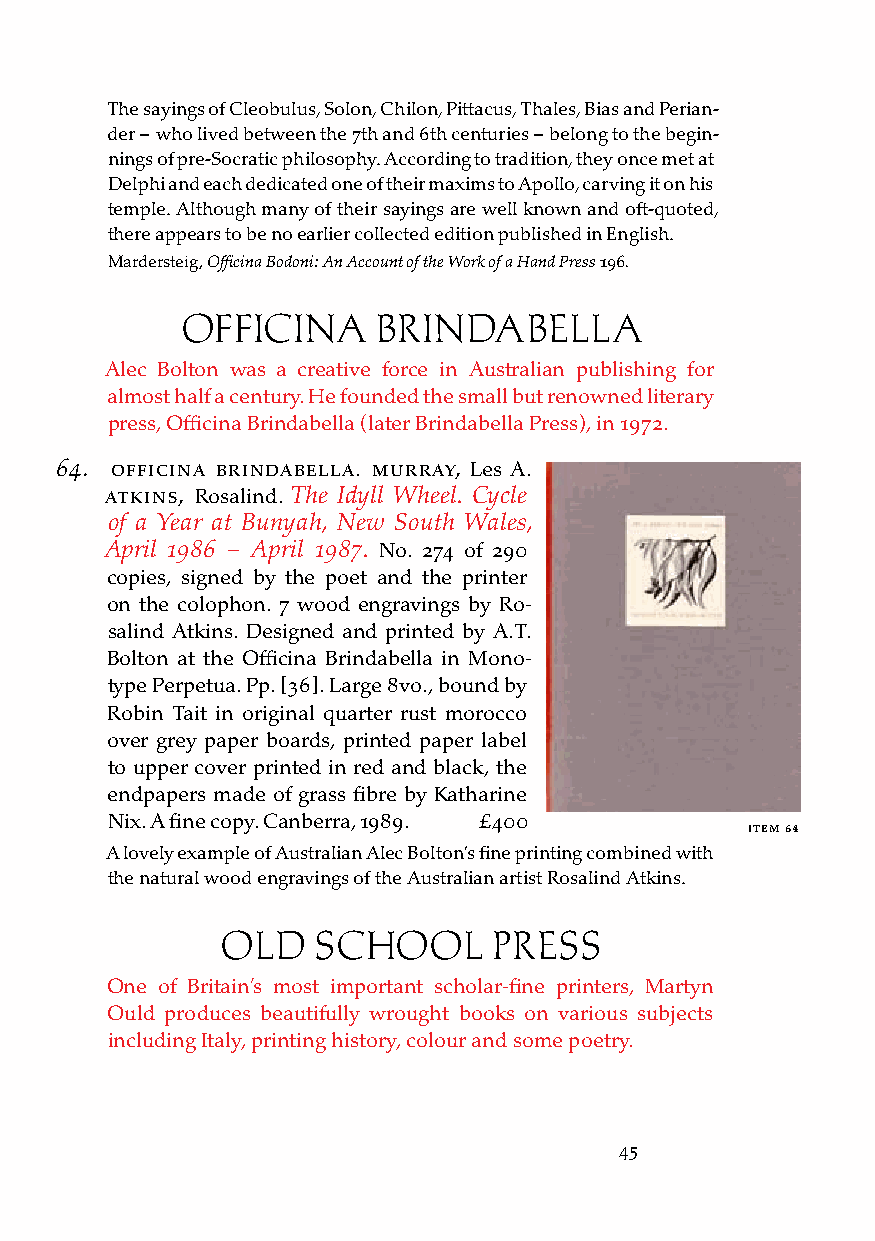
The sayings of Cleobulus, Solon, Chilon, Pittacus, Thales, Bias and Perian-
 der – who lived between the 7th and 6th centuries – belong to the begin-
 nings of pre-Socratic philosophy. According to tradition, they once met at
 Delphi and each dedicated one of their maxims to Apollo, carving it on his
 temple. Although many of their sayings are well known and oft-quoted,
 there appears to be no earlier collected edition published in English.
 Mardersteig, Officina Bodoni: An Account of the Work of a Hand Press 196.
 OffICINA     BRINDABELLA
 Alec Bolton was a creative force in Australian publishing for
 almost half a century. He founded the small but renowned literary
 press, Officina Brindabella (later Brindabella Press), in 1972.
 64. officina brindabella. Murray, Les A.
 atkins, Rosalind. The Idyll Wheel. Cycle
 of a Year at Bunyah, New South Wales,
 April 1986 – April 1987. No. 274 of 290
 copies, signed by the poet and the printer
 on the colophon. 7 wood engravings by Ro-
 salind Atkins. Designed and printed by A.T.
 Bolton at the Officina Brindabella in Mono-
 type Perpetua. Pp. [36]. Large 8vo., bound by
 Robin Tait in original quarter rust morocco
 over grey paper boards, printed paper label
 to upper cover printed in red and black, the
 endpapers made of grass fibre by Katharine
 Nix. A fine copy. Canberra, 1989. £400
 iteM 64
 A lovely example of Australian Alec Bolton’s fine printing combined with
 the natural wood engravings of the Australian artist Rosalind Atkins.
 OLD   SCHOOL      PRESS
 One of Britain’s most important scholar-fine printers, Martyn
 Ould produces beautifully wrought books on various subjects
 including Italy, printing history, colour and some poetry.
 45